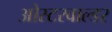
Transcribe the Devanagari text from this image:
ओस्टरवाल्डर